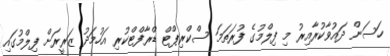
ހަސަން ދައުވާކުރާއިރު މި ފިލްމުގެ ފުރަތަމަ ސްކްރިޕްޓް ޑްރާފްޓްކުރި އަހުމަދު ޒަރީރަށް ފިލްމުގައި